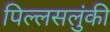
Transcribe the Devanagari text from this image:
पिल्लसलुंकी